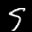
Label: 5